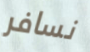
نسافر